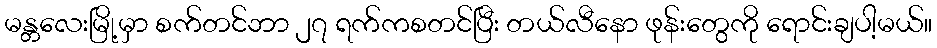
မန္တလေးမြို့မှာ စက်တင်ဘာ ၂၇ ရက်ကစတင်ပြီး တယ်လီနော ဖုန်းတွေကို ရောင်းချပါ့မယ်။